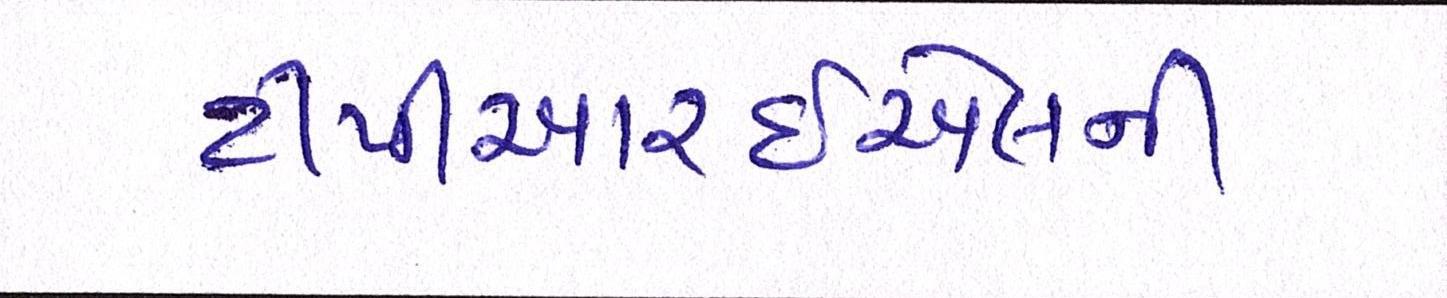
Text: ટીપીઆરઇએલની